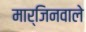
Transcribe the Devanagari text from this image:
मार्जिनवाले